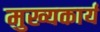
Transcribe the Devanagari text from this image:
मुख्यकार्य